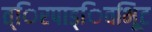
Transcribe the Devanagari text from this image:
त्िरपाड्िवभूिट